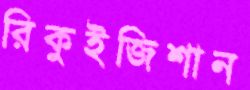
রিকুইজিশান